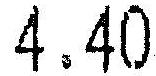
4.40